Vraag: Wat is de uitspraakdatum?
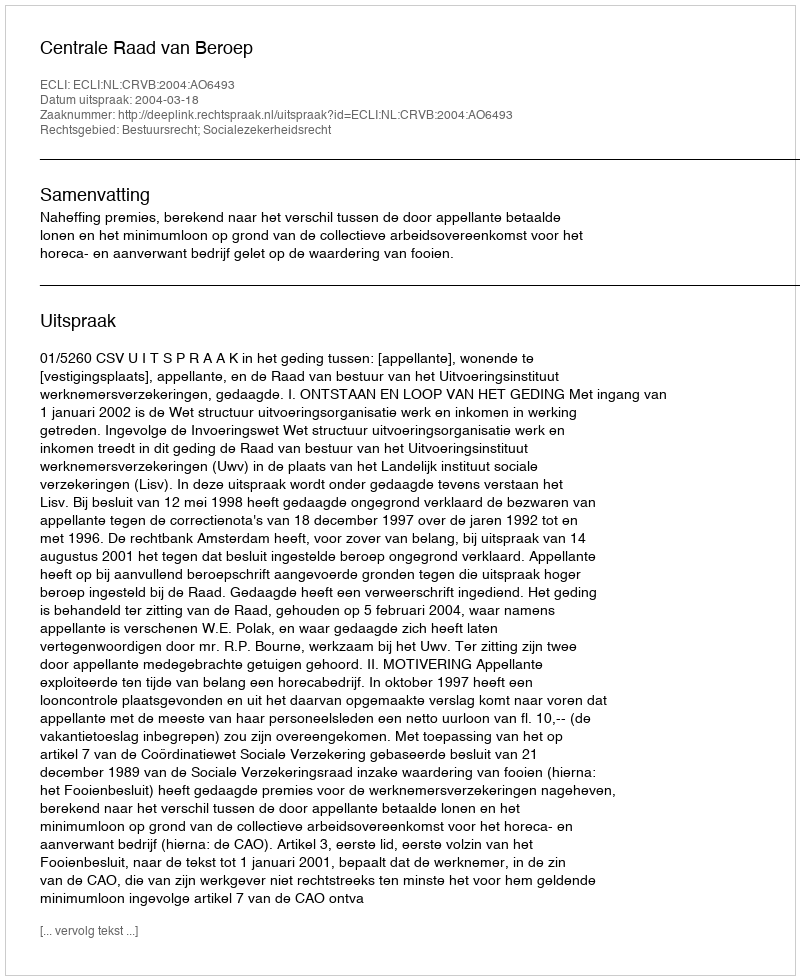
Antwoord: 2004-03-18